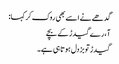
گدھے نے اسے بھی روک کر کہا:
آ، رے گیدڑ کے بچے
گیدڑ تو بزدل ہوتا ہی ہے۔